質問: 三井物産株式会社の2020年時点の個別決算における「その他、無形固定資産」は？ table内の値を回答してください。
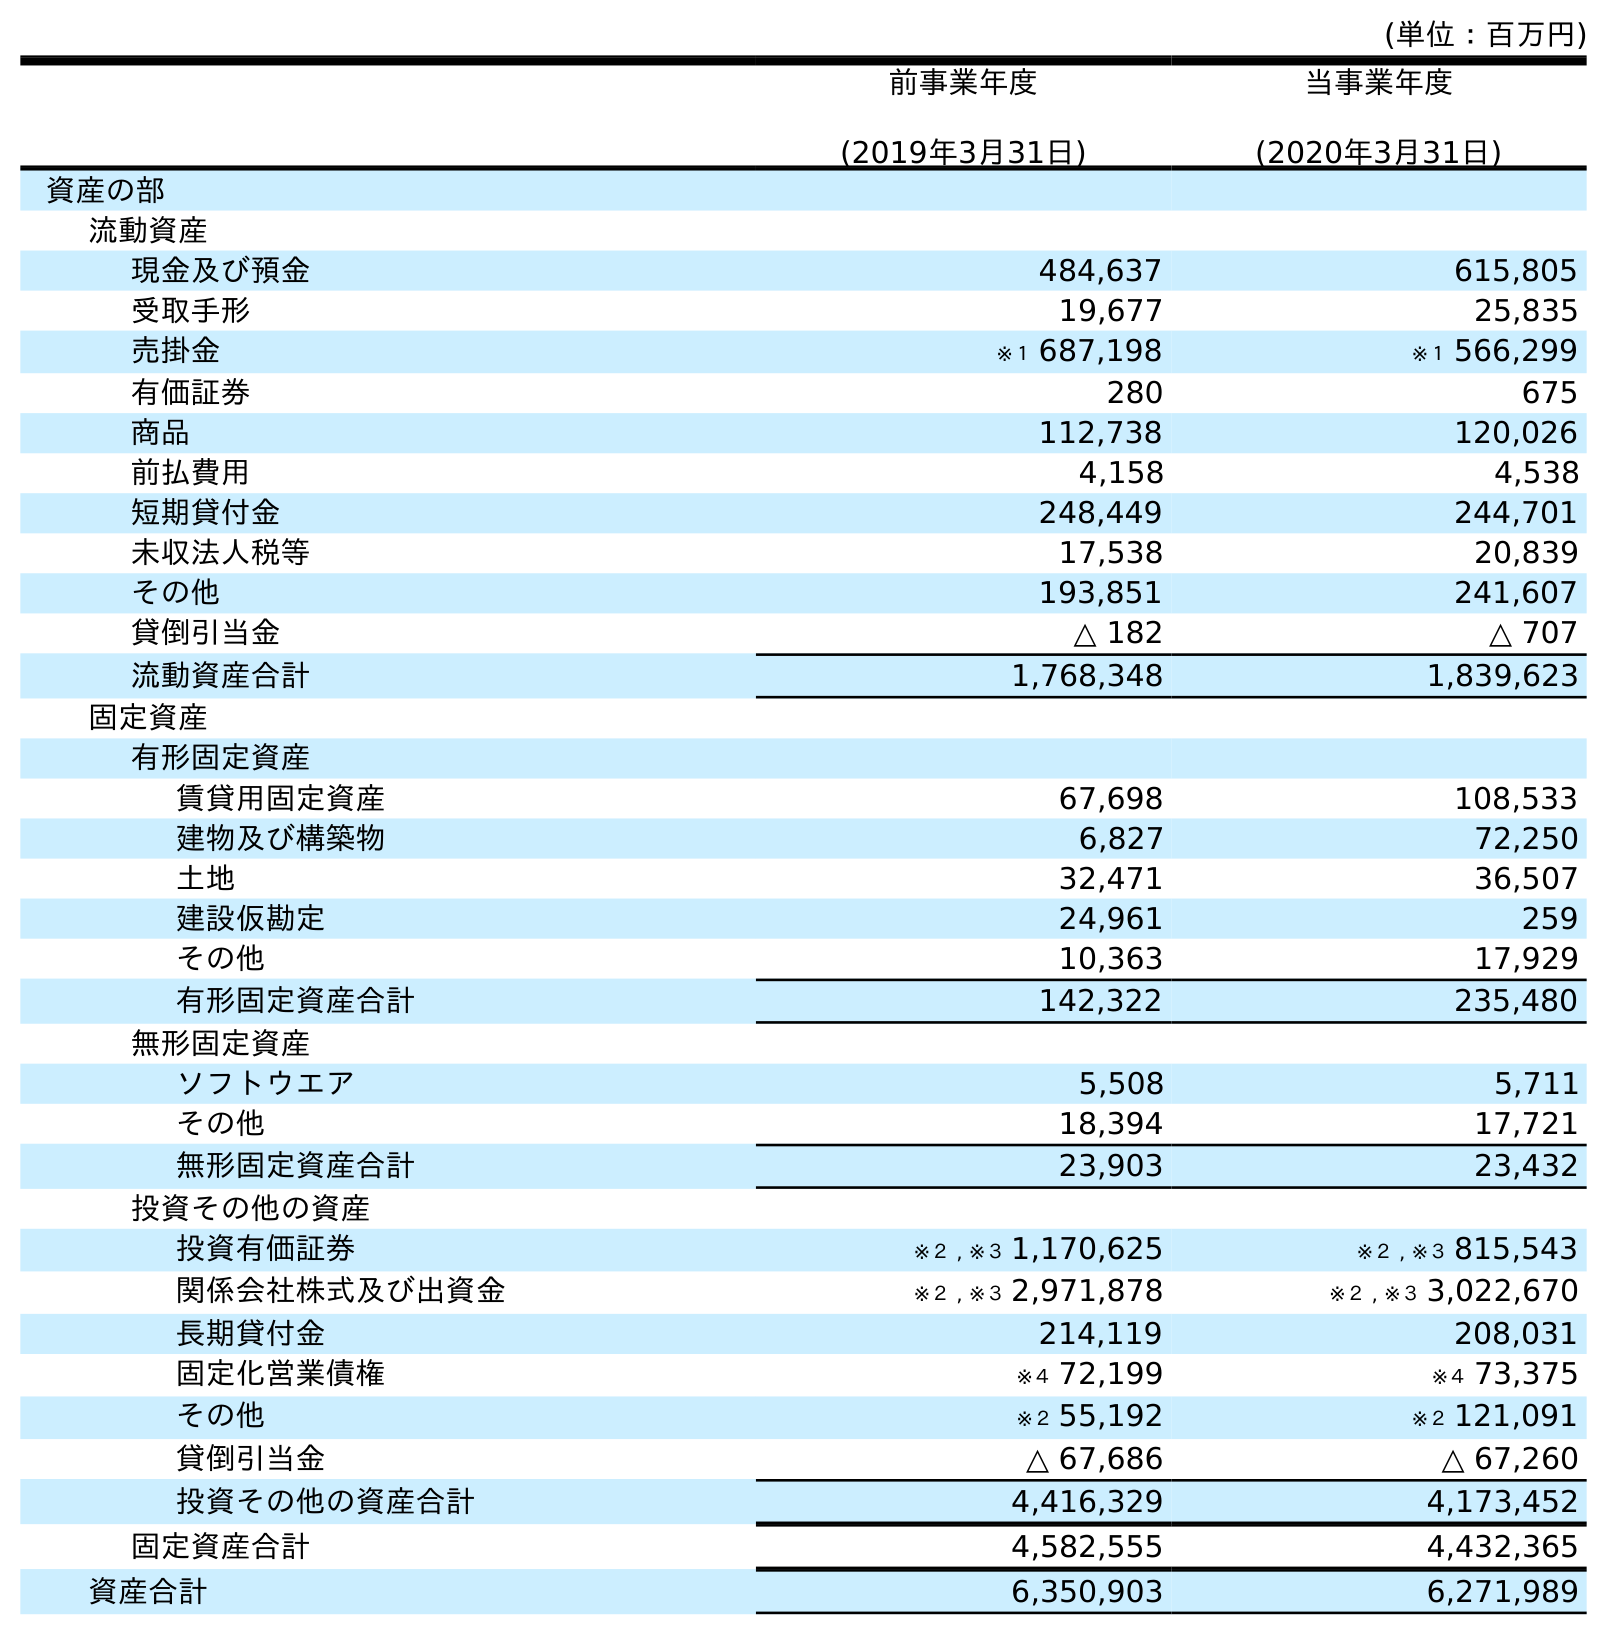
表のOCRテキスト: (単位：百万円) 前事業年度 (2019年3月31日) 当事業年度 (2020年3月31日) 資産の部 流動資産 現金及び預金 484,637 615,805 受取手形 19,677 25,835 売掛金 ※１ 687,198 ※１ 566,299 有価証券 280 675 商品 112,738 120,026 前払費用 4,158 4,538 短期貸付金 248,449 244,701 未収法人税等 17,538 20,839 その他 193,851 241,607 貸倒引当金 △ 182 △ 707 流動資産合計 1,768,348 1,839,623 固定資産 有形固定資産 賃貸用固定資産 67,698 108,533 建物及び構築物 6,827 72,250 土地 32,471 36,507 建設仮勘定 24,961 259 その他 10,363 17,929 有形固定資産合計 142,322 235,480 無形固定資産 ソフトウエア 5,508 5,711 その他 18,394 17,721 無形固定資産合計 23,903 23,432 投資その他の資産 投資有価証券 ※２ , ※３ 1,170,625 ※２ , ※３ 815,543 関係会社株式及び出資金 ※２ , ※３ 2,971,878 ※２ , ※３ 3,022,670 長期貸付金 214,119 208,031 固定化営業債権 ※４ 72,199 ※４ 73,375 その他 ※２ 55,192 ※２ 121,091 貸倒引当金 △ 67,686 △ 67,260 投資その他の資産合計 4,416,329 4,173,452 固定資産合計 4,582,555 4,432,365 資産合計 6,350,903 6,271,989
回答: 17,721